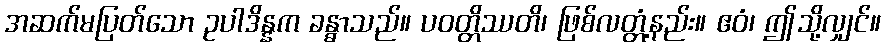
အဆက်မပြတ်သော ဥပါဒိန္နက ခန္ဓာသည်။ ပဝတ္တိဿတိ၊ ဖြစ်လတ္တံ့နည်း။ ဧဝံ၊ ဤသို့လျှင်။